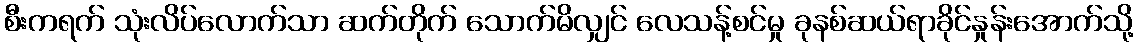
စီးကရက် သုံးလိပ်လောက်သာ ဆက်တိုက် သောက်မိလျှင် လေသန့်စင်မှု ခုနစ်ဆယ်ရာခိုင်နှုန်းအောက်သို့